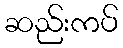
ဆည်းကပ်